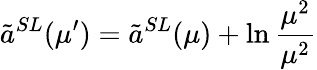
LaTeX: \tilde{a}^{SL}(\mu^{\prime})=\tilde{a}^{SL}(\mu)+\ln\frac{\mu^{2}}{\mu^{2}}